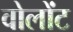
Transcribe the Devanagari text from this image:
वोलोंट